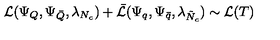
{ \cal L } ( \Psi _ { Q } , \Psi _ { \bar { Q } } , \lambda _ { N _ { c } } ) + \bar { { \cal L } } ( \Psi _ { q } , \Psi _ { \bar { q } } , \lambda _ { \tilde { N } _ { c } } ) \sim { \cal L } ( T )